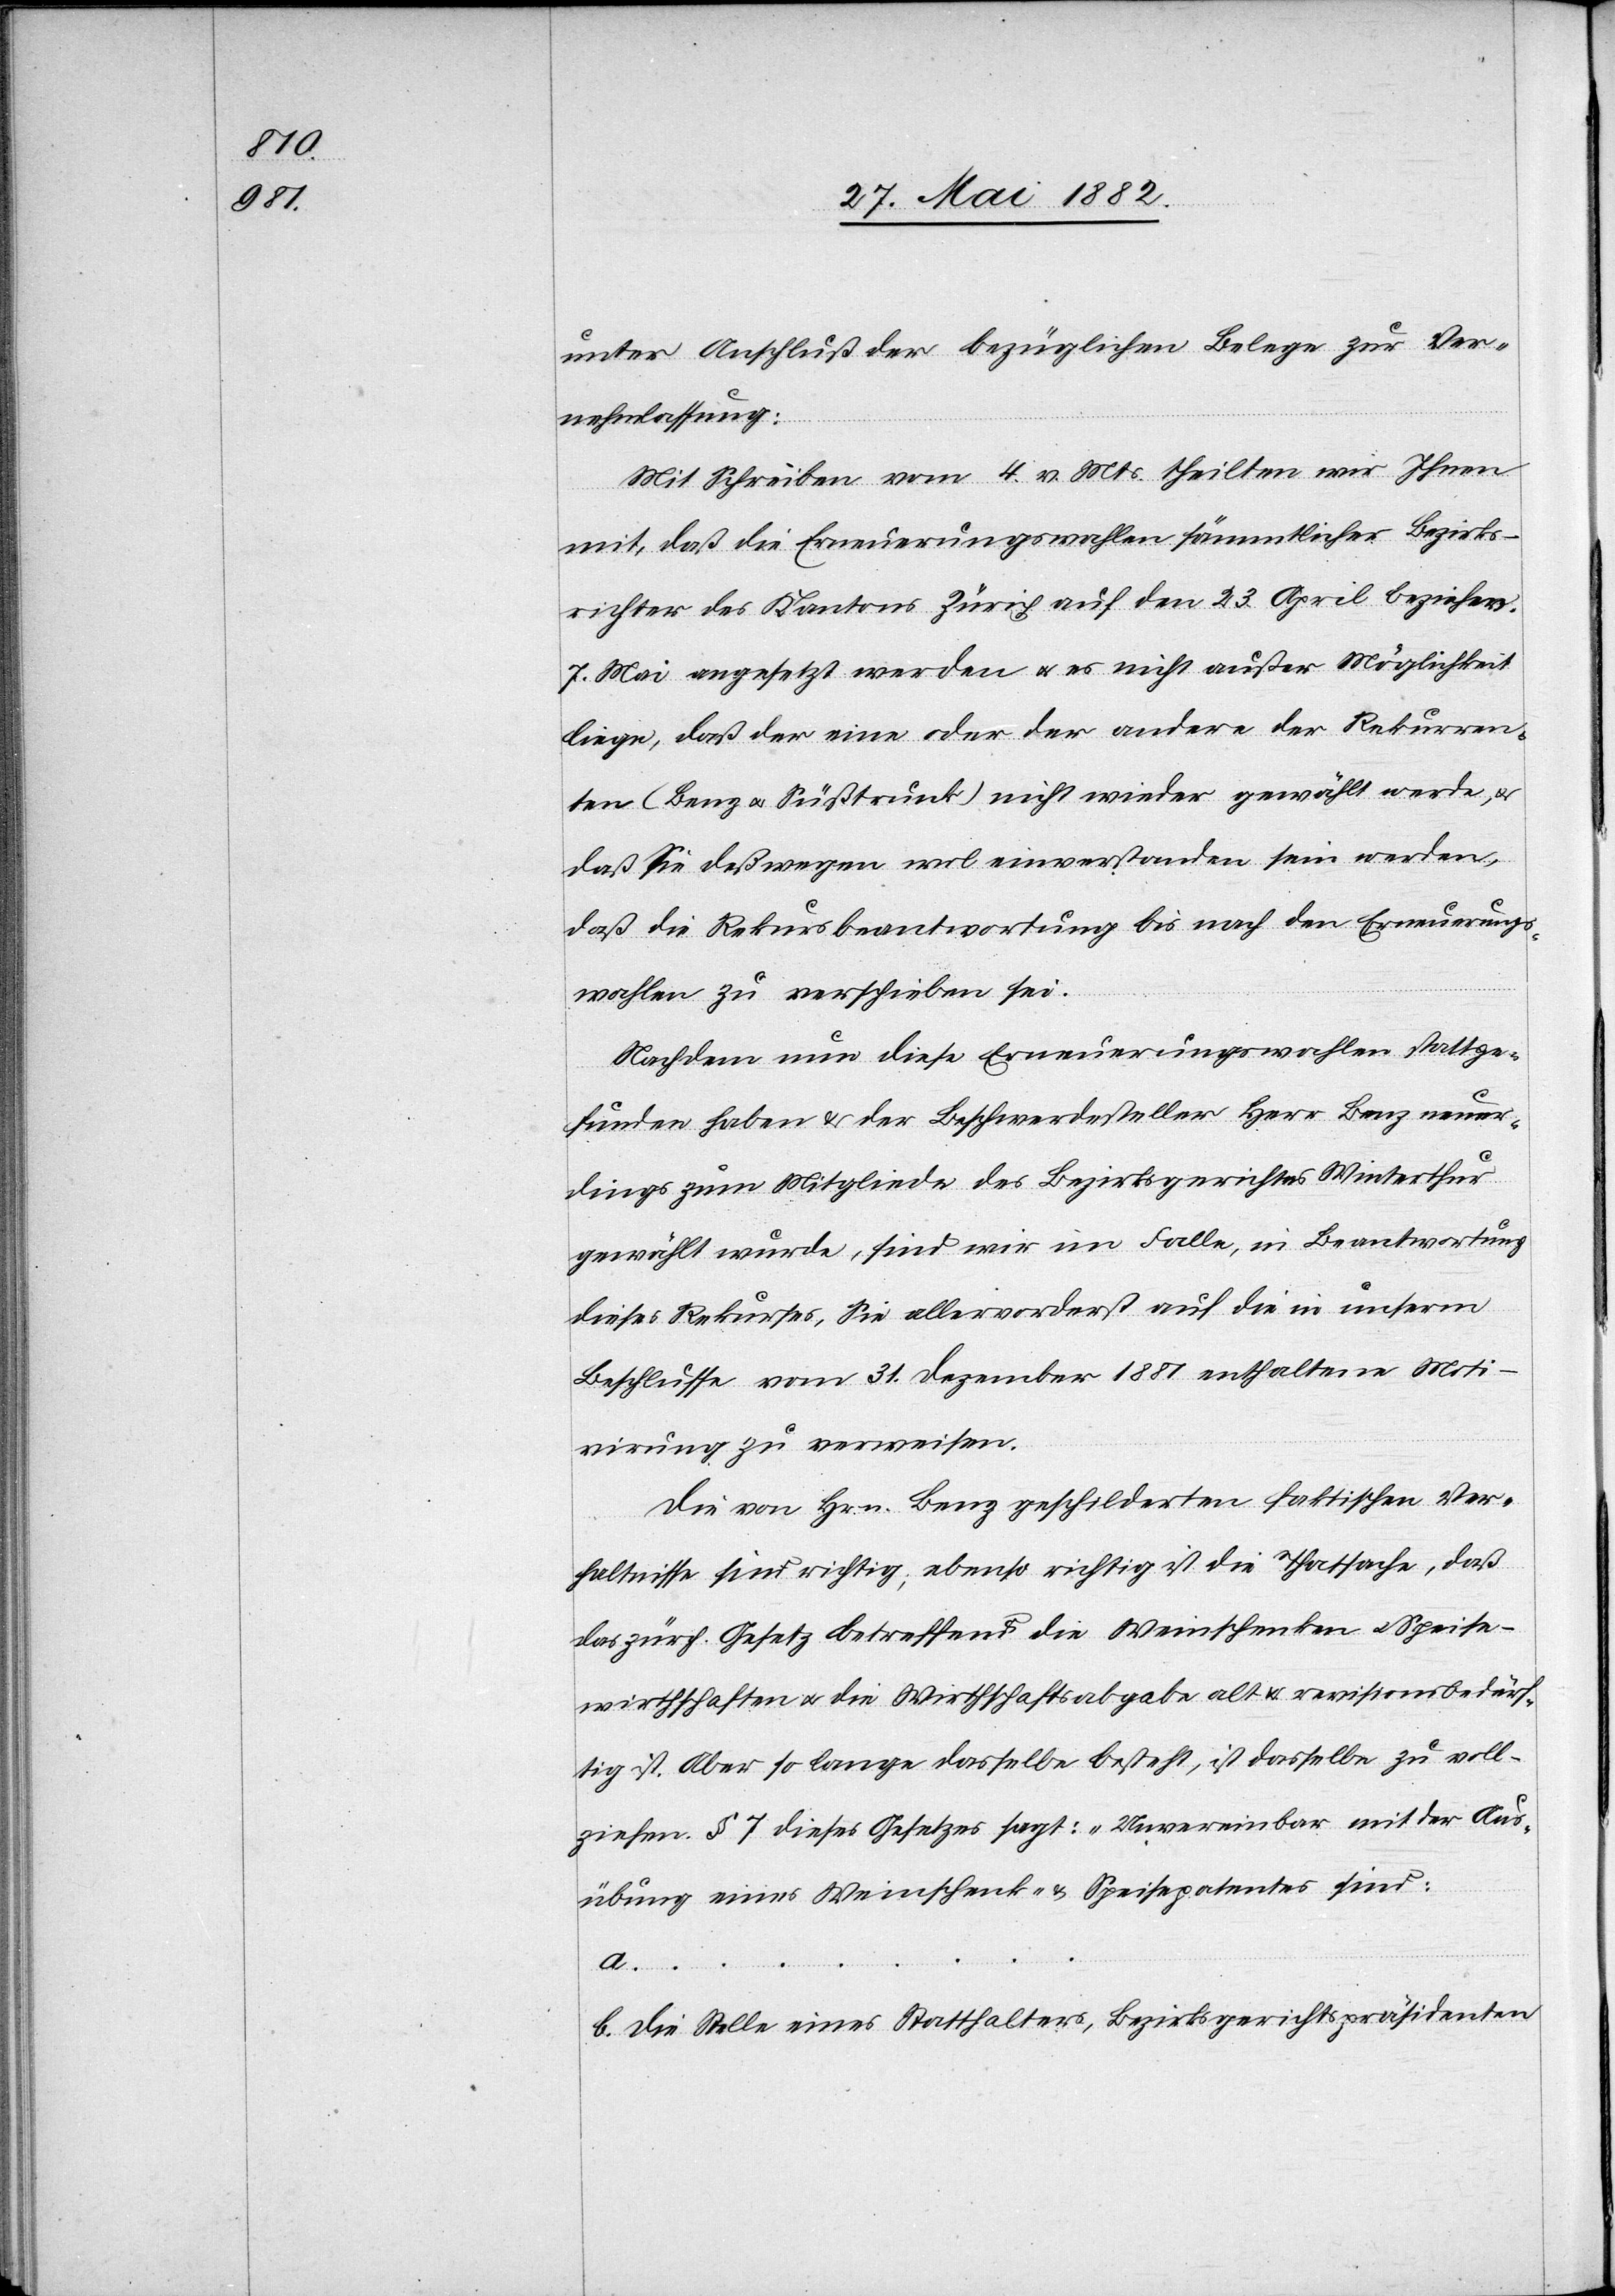
unter Anschluß der bezüglichen Belege zur Ver¬
nehmlassung:
Mit Schreiben vom 4. v. Mts. theilten wir Ihnen
mit, daß die Erneuerungswahlen sämmtlicher Bezirks¬
richter des Kantons Zürich auf den 23. April beziehew.
7. Mai angesetzt werden u. es nicht außer Möglichkeit
liege, daß der eine oder der andere der Rekurren¬
ten (Benz u. Süßtrunk) nicht wieder gewählt werde, &
daß Sie deßwegen wol einverstanden sein werden,
daß die Rekursbeantwortung bis nach den Erneuerungs¬
wahlen zu verschieben sei.
Nachdem nun diese Erneuerungswahlen stattge¬
funden haben & der Beschwerdesteller Herr Benz neuer¬
dings zum Mitgliede des Bezirksgerichtes Winterthur
gewählt wurde, sind wir im Falle, in Beantwortung
dieses Rekurses, Sie allervorderst auf die in unserm
Beschlusse vom 31. Dezember 1881 enthaltene Moti¬
virung zu verweisen,
Die von Hrn. Benz geschilderten faktischen Ver¬
hältnisse sind richtig; ebenso richtig ist die Thatsache, daß
das zürch. Gesetz betreffend die Weinschenken u. Speise¬
wirthschaften u. die Wirthschaftsabgabe alt & revisionsbedürf¬
tig ist. Aber so lange dasselbe besteht, ist dasselbe zu voll¬
ziehen. § 7 dieses Gesetzes sagt: „Unvereinbar mit der Aus¬
übung eines Weinschenk- & Speisepatentes sind:
a.
b. die Stelle eines Statthalters, Bezirksgerichtspräsidenten